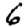
Digit: 6